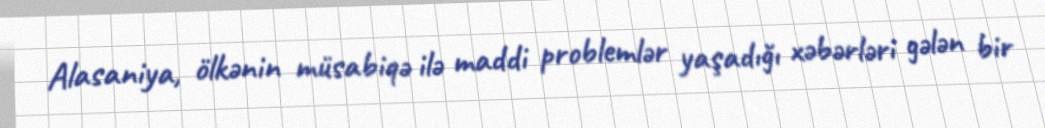
Alasaniya, ölkənin müsabiqə ilə maddi problemlər yaşadığı xəbərləri gələn bir